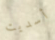
أسديت